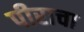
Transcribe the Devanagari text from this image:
पीराचा